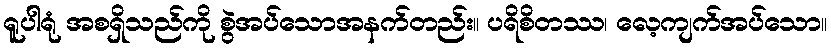
ရူပါရုံ အစရှိသည်ကို စွဲအပ်သောအနက်တည်း။ ပရိစိတဿ၊ လေ့ကျက်အပ်သော။